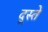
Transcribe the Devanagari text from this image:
द्स्ते